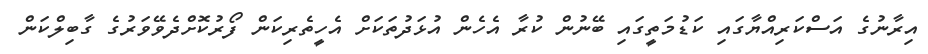
އިރާނުގެ އަސްކަރިއްޔާގައި ކަޑުމަތީގައި ބޭނުން ކުރާ އެހެން އުޅަދުތަކަށް އެހީތެރިކަން ފޯރުކޮށްދެވޭވަރުގެ ގާބިލްކަން